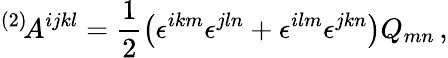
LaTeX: {}^{(2)}\! A^{ijkl}=\frac 12\left(\epsilon^{ikm}\epsilon^{jln}+\epsilon^{ilm}\epsilon^{jkn}\right)Q_{mn}\, ,